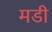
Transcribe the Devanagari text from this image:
मडी